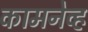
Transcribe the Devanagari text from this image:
कामनेव्ह